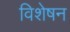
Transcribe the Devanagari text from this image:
विशेषन